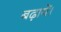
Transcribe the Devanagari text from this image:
बढ़ायें।